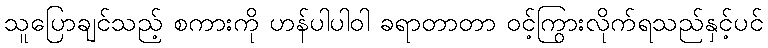
သူပြောချင်သည့် စကားကို ဟန်ပါပါဝါ ခရာတာတာ ဝင့်ကြွားလိုက်ရသည်နှင့်ပင်